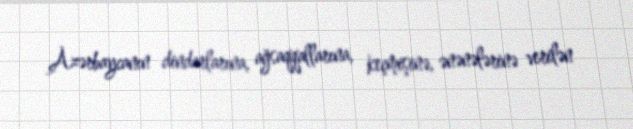
Azərbaycanın dindarlarına, ağsaqqallarına, keçmişinə, ənənələrinə verilən